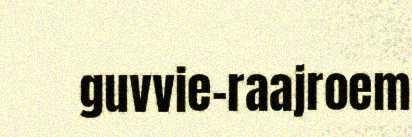
guvvie-raajroem